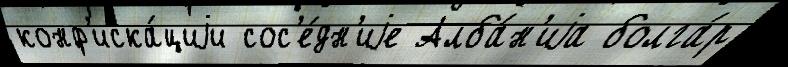
конф'иска́циjи сос'е́дн'иjе Алба́н'иjа болга́р